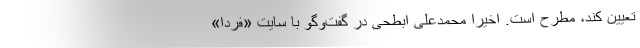
تعیین کند، مطرح است. اخیرا محمدعلی ابطحی در گفت‌وگو با سایت «فردا»